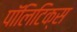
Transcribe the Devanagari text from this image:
पाॅलिटिक्स